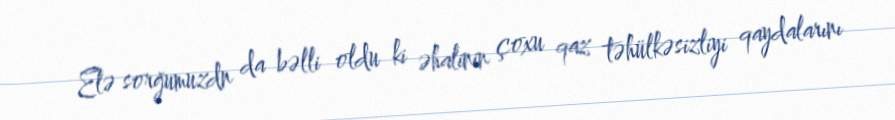
Elə sorğumuzdn da bəlli oldu ki əhalinin çoxu qaz təhülkəsizliyi qaydalarını